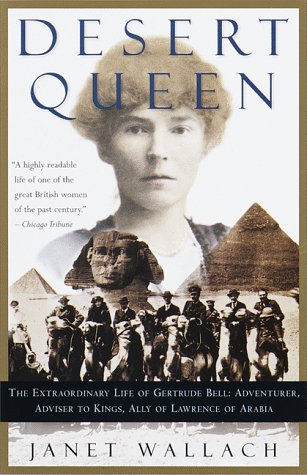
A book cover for Desert Queen: The Extraordinary Life of Gertrude Bell: Adventurer, Adviser to Kings, Ally of Lawrence of Arabia; Janet Wallach; History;